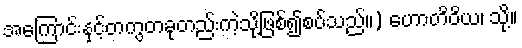
အကြောင်းနှင့်တကွတခုတည်းကဲ့သို့ဖြစ်၍စပ်သည်။) ဟောတိဝိယ၊ သို့။